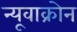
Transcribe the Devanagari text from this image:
न्यूवाक्रोन